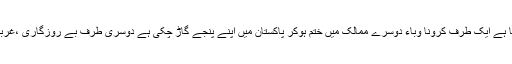
آج وطن عزیز ایک نازک ترین حالات سے گزر رہا ہے ایک طرف کرونا وباء دوسرے ممالک میں ختم ہوکر پاکستان میں اپنے پنجے گاڑ چکی ہے دوسری طرف بے روزگاری ،غربت افلاس نے انسانوں کو نگلنا شروع کردیا ہوا ہے ۔